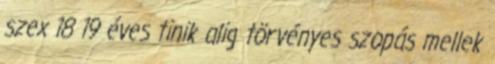
szex 18 19 éves tinik alig törvényes szopás mellek